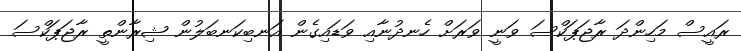
ރައީސް މަހިންދަ ރާޖަޕަކްސަ ވަނީ ވަރަށް ހެނދުނާއި ވަޑައިގެން އަނބިކަނބަލުން ޝިރާންތީ ރާޖަޕަކްސަ